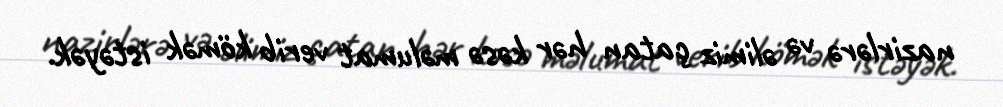
nazirlərə və əlimiz çatan hər kəsə məlumat verib kömək istəyək.